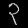
Digit: ၃